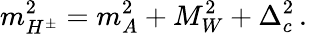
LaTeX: m_{H^{\pm}}^{2}=m_{A}^{2}+M_{W}^{2}+\Delta_{c}^{2}\, .\,